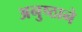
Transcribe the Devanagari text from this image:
अनुष्ठाने